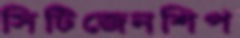
সিটিজেনশিপ